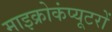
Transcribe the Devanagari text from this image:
माइक्रोकंप्यूटरों